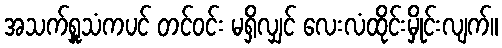
အသက်ရှူသံကပင် တင်ဝင်း မရှိလျှင် လေးလံထိုင်းမှိုင်းလျက်။